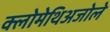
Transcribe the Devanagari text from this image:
क्लोमेथिअजोले